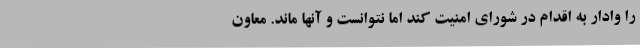
را وادار به اقدام در شورای امنیت کند اما نتوانست و آنها ماند. معاون